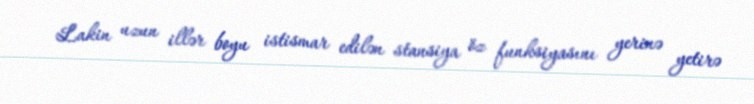
Lakin uzun illər boyu istismar edilən stansiya öz funksiyasını yerinə yetirə